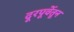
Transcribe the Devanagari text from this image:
दूरपूर्वेतून